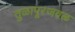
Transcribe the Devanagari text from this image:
तुळापूरजवळ